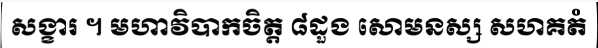
សង្ខារ ។ មហាវិបាកចិត្ត ៨ដួង សោមនស្ស សហគតំ